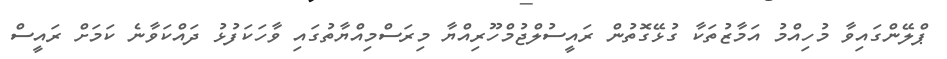
ޕްލޭންގައިވާ މުހިއްމު އަމާޒުތަކާ ގުޅޭގޮތުން ރައީސުލްޖުމްހޫރިއްޔާ މިރަސްމިއްޔާތުގައި ވާހަކަފުޅު ދައްކަވާނެ ކަމަށް ރައީސް